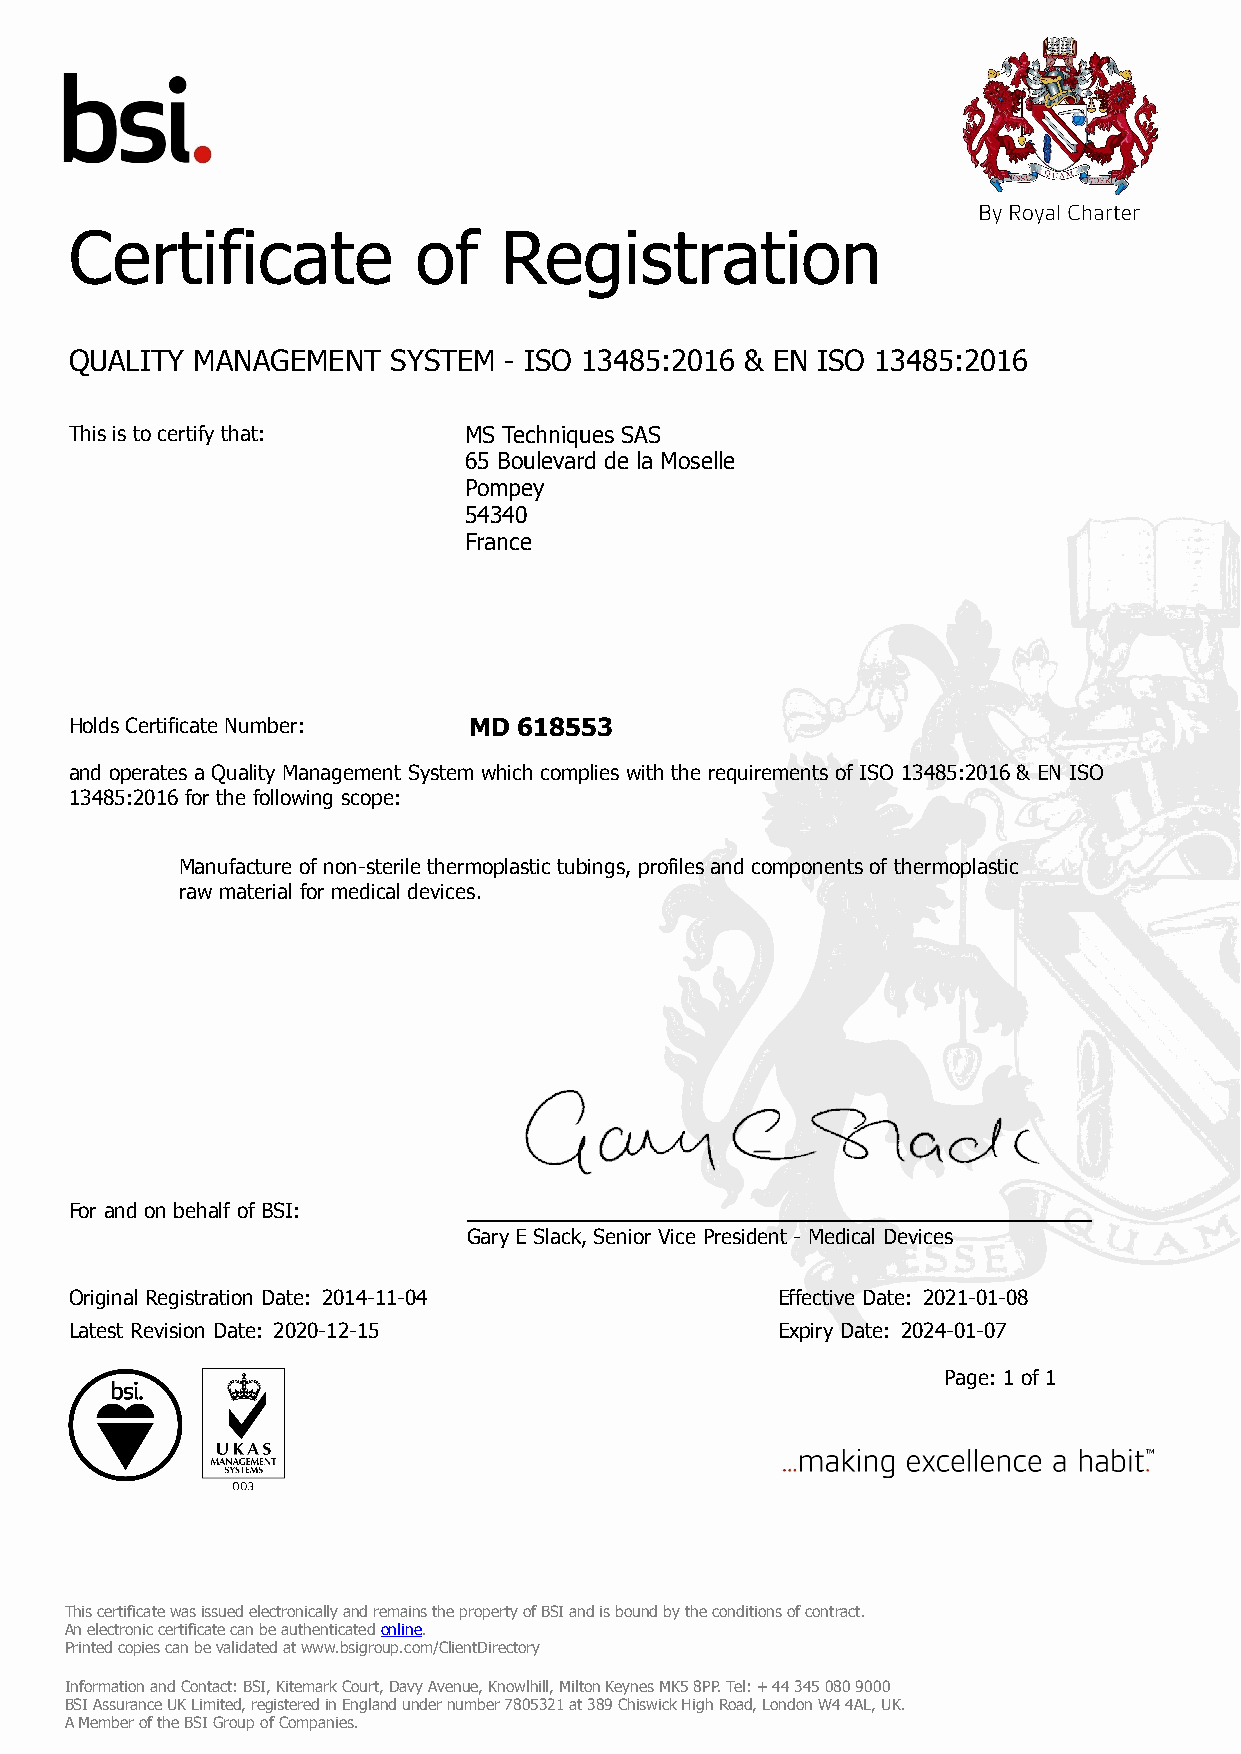
Certificate           of    Registration
 QUALITY MANAGEMENT   SYSTEM - ISO 13485:2016 & EN ISO 13485:2016
 This is to certify that:  MS Techniques SAS
 65 Boulevard de la Moselle
 Pompey
 54340
 France
 Holds Certificate Number: MD 618553
 and operates a Quality Management System which complies with the requirements of ISO 13485:2016 & EN ISO
 13485:2016 for the following scope:
 Manufacture of non-sterile thermoplastic tubings, profiles and components of thermoplastic
 raw material for medical devices.
 For and on behalf of BSI:
 Gary E Slack, Senior Vice President - Medical Devices
 Original Registration Date: 2014-11-04        Effective Date: 2021-01-08
 Latest Revision Date: 2020-12-15              Expiry Date: 2024-01-07
 Page: 1 of 1
 This certificate was issued electronically and remains the property of BSI and is bound by the conditions of contract.
 An electronic certificate can be authenticated online.
 Printed copies can be validated at www.bsigroup.com/ClientDirectory
 Information and Contact: BSI, Kitemark Court, Davy Avenue, Knowlhill, Milton Keynes MK5 8PP. Tel: + 44 345 080 9000
 BSI Assurance UK Limited, registered in England under number 7805321 at 389 Chiswick High Road, London W4 4AL, UK.
 A Member of the BSI Group of Companies.